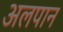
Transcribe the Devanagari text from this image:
अलपान